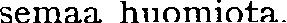
semaa huomiota.